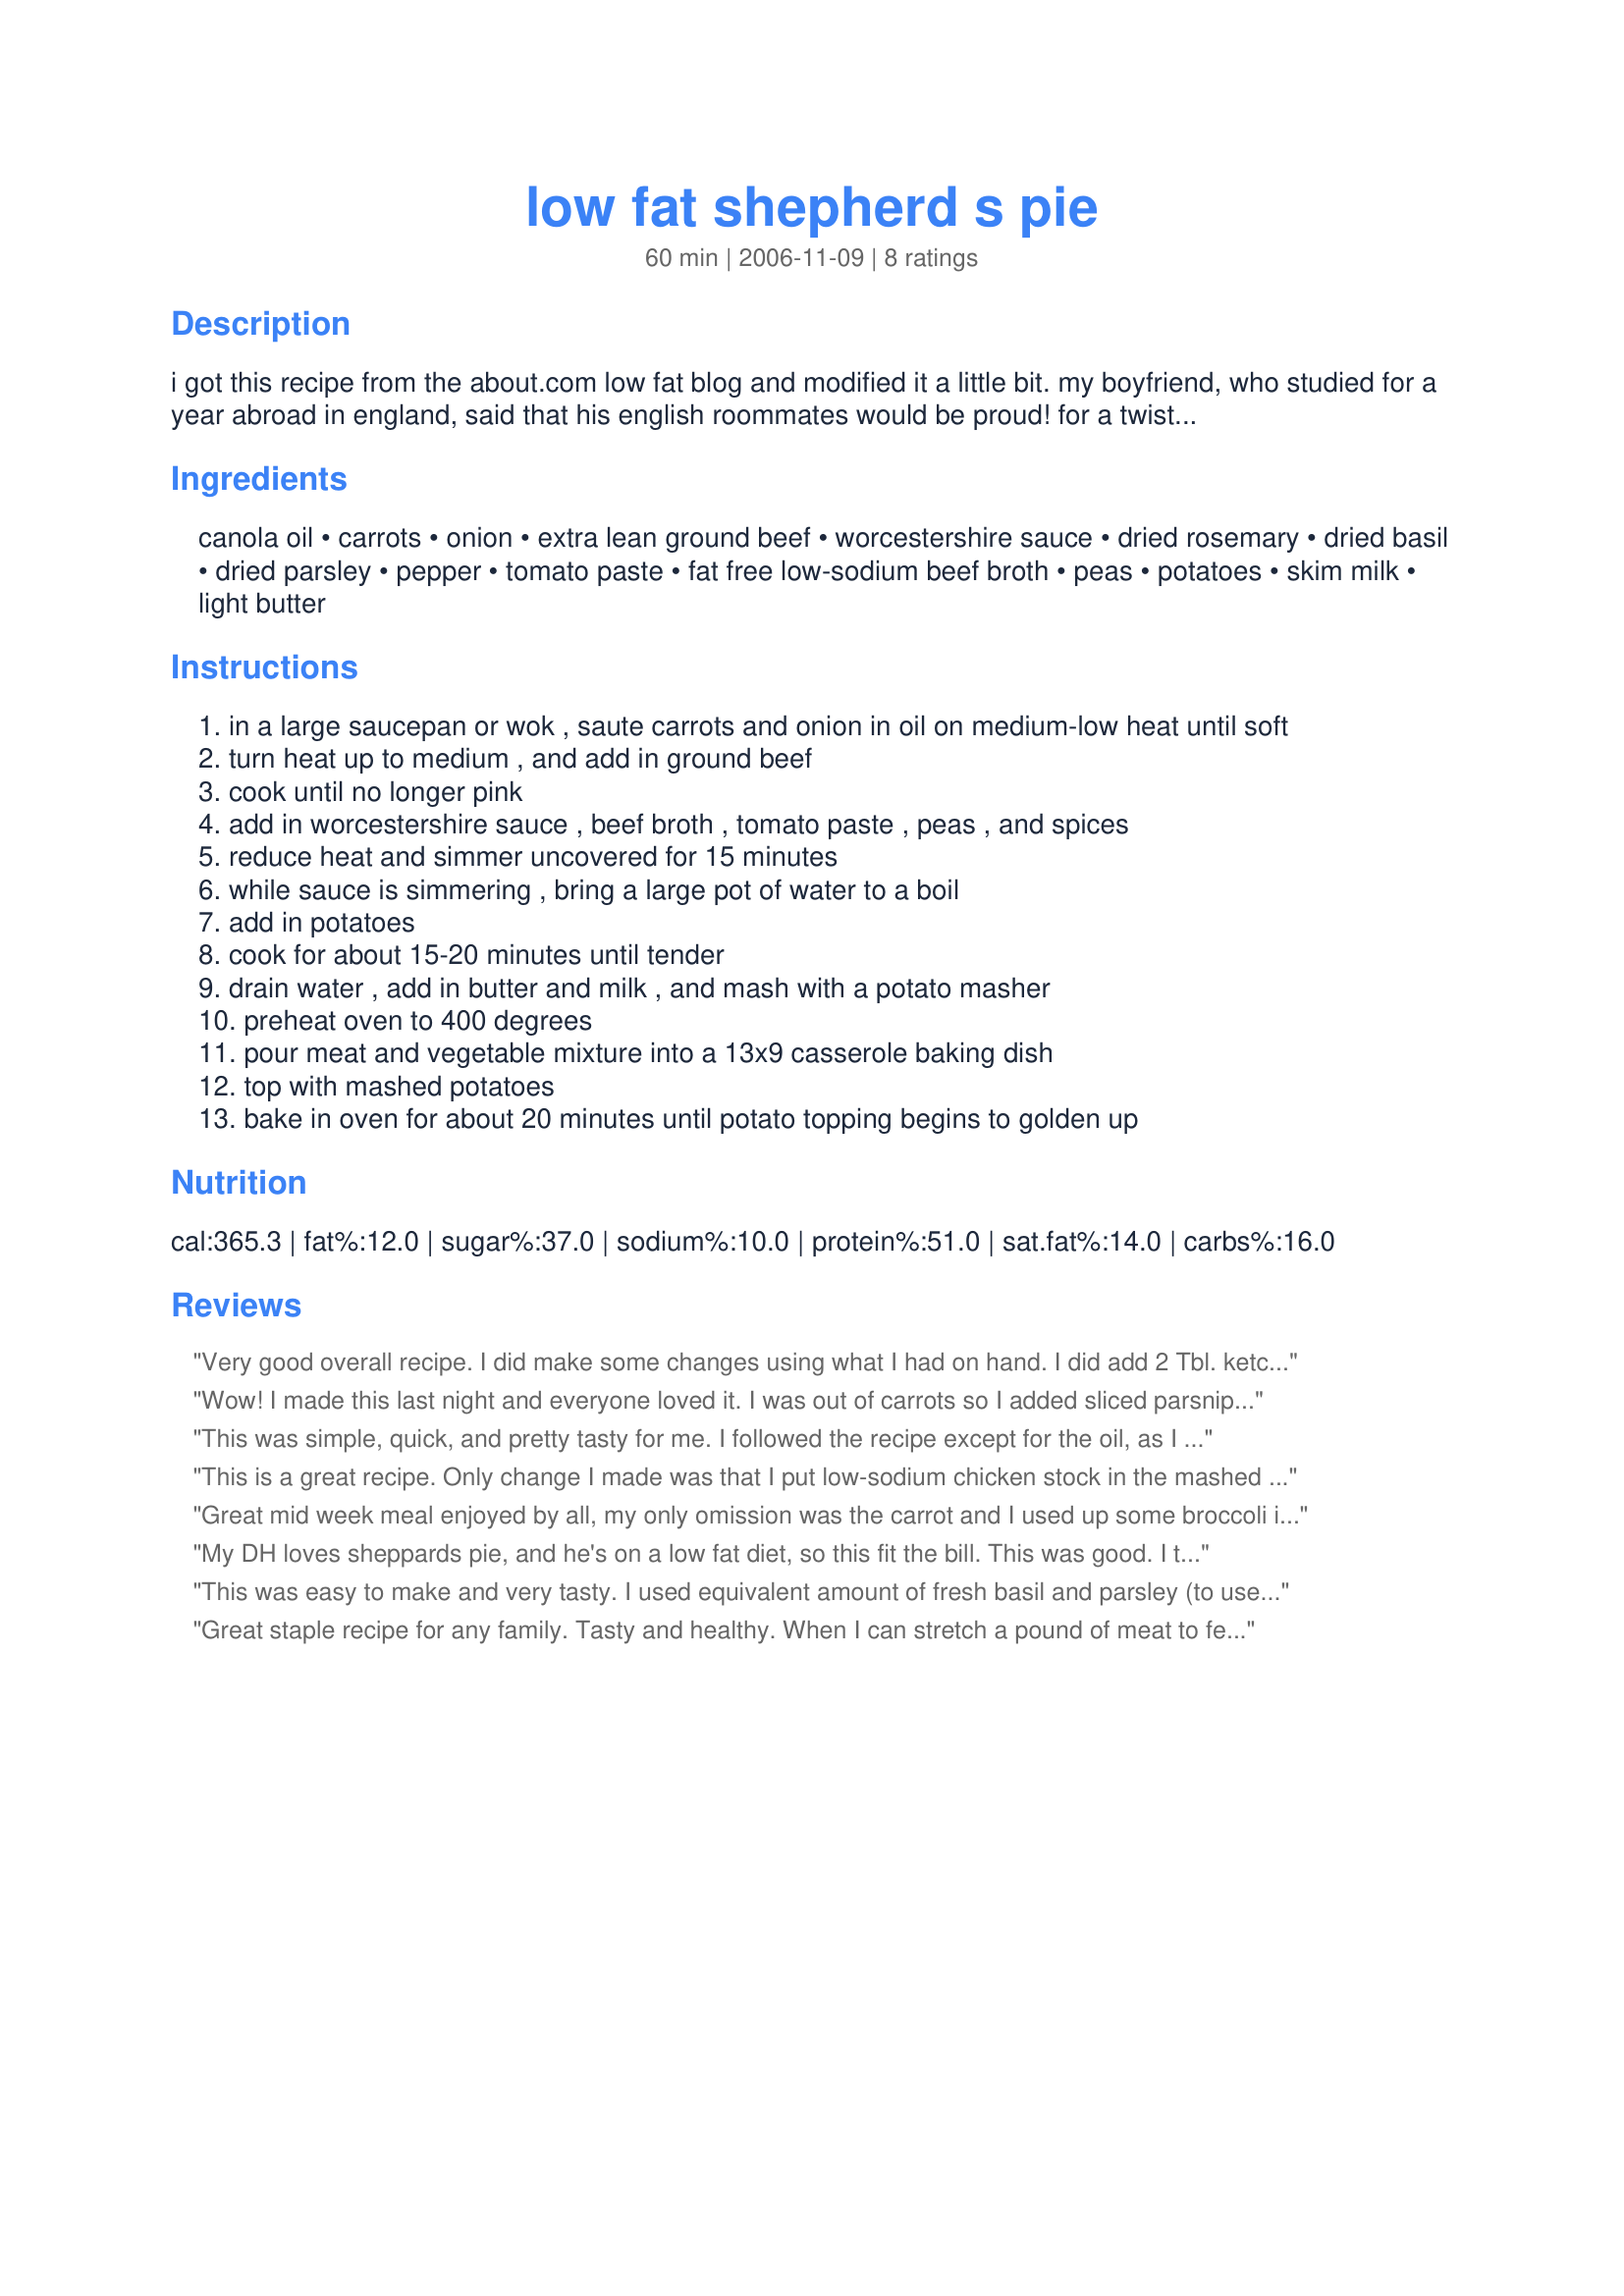
low fat shepherd s pie
Preparation time: 60 minutes

i got this recipe from the about.com low fat blog and modified it a little bit. my boyfriend, who studied for a year abroad in england, said that his english roommates would be proud! for a twist and some more color, try it with sweet potatoes!

Ingredients:
canola oil, carrots, onion, extra lean ground beef, worcestershire sauce, dried rosemary, dried basil, dried parsley, pepper, tomato paste, fat free low-sodium beef broth, peas, potatoes, skim milk, light butter

Steps:
in a large saucepan or wok , saute carrots and onion in oil on medium-low heat until soft
turn heat up to medium , and add in ground beef
cook until no longer pink
add in worcestershire sauce , beef broth , tomato paste , peas , and spices
reduce heat and simmer uncovered for 15 minutes
while sauce is simmering , bring a large pot of water to a boil
add in potatoes
cook for about 15-20 minutes until tender
drain water , add in butter and milk , and mash with a potato masher
preheat oven to 400 degrees
pour meat and vegetable mixture into a 13x9 casserole baking dish
top with mashed potatoes
bake in oven for about 20 minutes until potato topping begins to golden up

Reviews:
Very good overall recipe. I did make some changes using what I had on hand. I did add 2 Tbl. ketchup to the sauce. This make a very good pantry recipe.
Wow! I made this last night and everyone loved it. I was out of carrots so I added sliced parsnips and celery, but other than that made as directed. It was absolutely delicious! Great also the second day for lunch. Thank you for posting! A keeper!
This was simple, quick, and pretty tasty for me. I followed the recipe except for the oil, as I didn't have canola so subbed evoo. This is the first time I have ever made or had Sheperd's pie, so I don't have a working knowledge of it but I did enjoy it. I am glad I gave it a try and we might try this again. Thanks for posting. = )
This is a great recipe. Only change I made was that I put low-sodium chicken stock in the mashed potatoes instead of butter and milk. Okay, I&#039;ll be honest, I also put about 1/4 cup low fat cream cheese :). This dish is hearty, the tomato paste brings out the flavors of the spices and meat, and I will be making it again! Thank you for posting this!
Great mid week meal enjoyed by all, my only omission was the carrot and I used up some broccoli instead. Made for Football Pool Tag.
My DH loves sheppards pie, and he's on a low fat diet, so this fit the bill. This was good. I think it could use some spice to make it great. Thank you.
This was easy to make and very tasty. I used equivalent amount of fresh basil and parsley (to use it up). I also subbed celery for half the carrots and melted 6 slices of cheese on top during the last 5 minutes of baking. The meat part wasn't terribly similar to the shepherd's pie we get around here and it seemed like a lot of potatoes in proportion to the meat, but good, hearty comfort food. I'll make it again. Thanks for sharing. (By the way, in my house it serves more like 9 than 6. Very filling; I'm sure it'd be great for someone who's actually dieting - you wouldn't feel deprived at all)
Great staple recipe for any family. Tasty and healthy. When I can stretch a pound of meat to feed the family AND have leftovers, I am thrilled. The beauty of shepherd&#039;s pie is that you do add whatever veggies are in the fridge or freezer - I used frozen peas instead of canned and added a couple stocks of celery. Served with a green salad.
